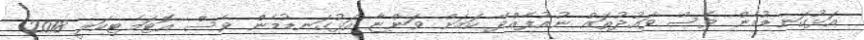
އަޅުގަނޑުމެން ވެސް ވައުދުތައް ނުއުފެއްދޭ ކަމަށް ވަންޏާ އަޅުގަނޑުމެން ވެސް އޮޓަމެޓިކަލީ 2018